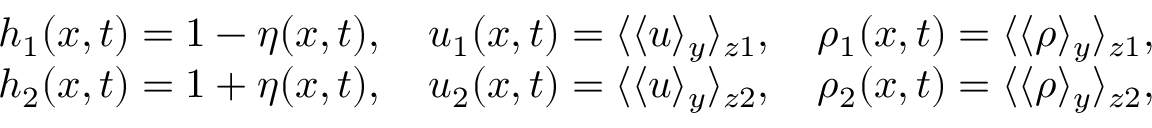
\begin{array} { r } { h _ { 1 } ( x , t ) = 1 - \eta ( x , t ) , \quad u _ { 1 } ( x , t ) = \langle \langle u \rangle _ { y } \rangle _ { z 1 } , \quad \rho _ { 1 } ( x , t ) = \langle \langle \rho \rangle _ { y } \rangle _ { z 1 } , \ } \\ { h _ { 2 } ( x , t ) = 1 + \eta ( x , t ) , \quad u _ { 2 } ( x , t ) = \langle \langle u \rangle _ { y } \rangle _ { z 2 } , \quad \rho _ { 2 } ( x , t ) = \langle \langle \rho \rangle _ { y } \rangle _ { z 2 } , \ } \end{array}